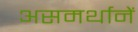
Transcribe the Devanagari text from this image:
असमर्थानें